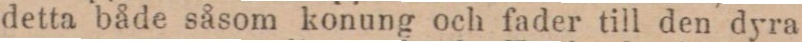
detta både såsom konung och fader till den dyra